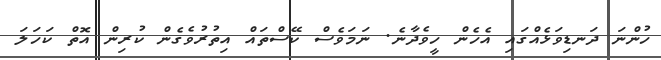
ހުންނަ ދަނޑިވަޅެއްގައި އެހެން ހީވެދާނެ. ނަމަވެސް ކޭސްތައް އިތުރުވެގެން ކުރިން އޮތް ކަހަލަ